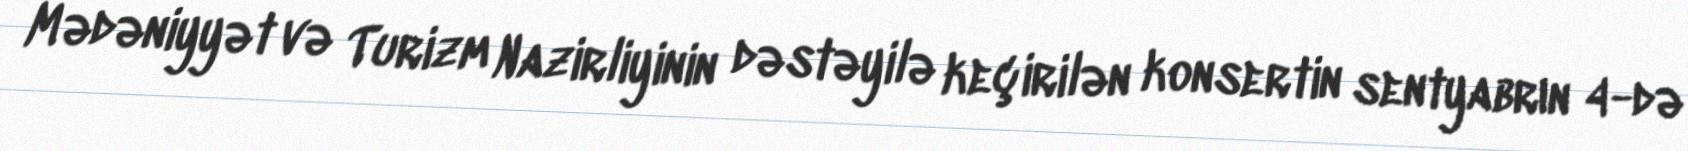
Mədəniyyət və Turizm Nazirliyinin dəstəyilə keçirilən konsertin sentyabrın 4-də